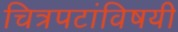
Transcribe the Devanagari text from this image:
चित्रपटांविषयी